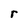
Character: r